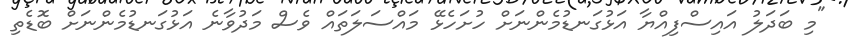
"މި ބަދަލު އައިސްފިއްޔާ އަޅުގަނޑުމެންނަށް ހުށަހެޅޭ މައްސަލަތައް ވެސް މަދުވާނެ އަޅުގަނޑުމެންނަށް ބޮޑެތި